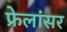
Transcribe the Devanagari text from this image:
फ्रेलांसर